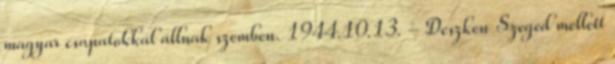
magyar csapatokkal állnak szemben. 1944.10.13. - Deszken Szeged mellett